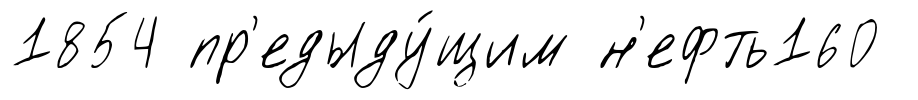
1854 пр'едыду́щим н'ефть160